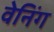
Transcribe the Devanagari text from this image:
वेनिंग